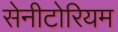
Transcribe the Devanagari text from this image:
सेनीटोरियम